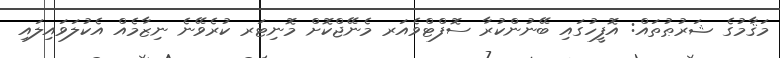
މަޤާމުގެ ޝަރުޠުތައް: އޮފީހުގައި ބޭނުންކުރާ ސޮފްޓްވެއަރ މެނޭޖްކޮށް މޮނިޓަރ ކުރެވޭނެ ނިޒާމެއް އެކުލަވައިލައި